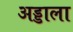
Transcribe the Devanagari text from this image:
अड्डाला